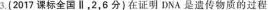
3.(2017课标全国∥，2，6分)在证明DNA是遗传物质的过程